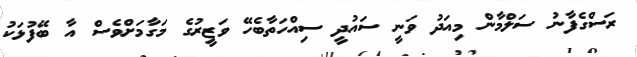
ރަސްގެފާނު ސަލްމާން މިއަދު ވަނީ ސައުދީ ސިއްހަތާބެހޭ ވަޒީރުގެ މަގާމަށްވެސް އާ ބޭފުޅަކު